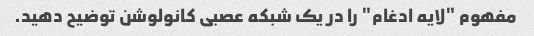
مفهوم "لایه ادغام" را در یک شبکه عصبی کانولوشن توضیح دهید.